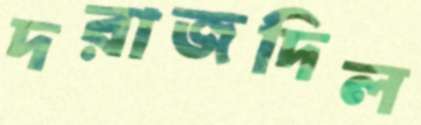
দরাজদিল